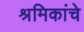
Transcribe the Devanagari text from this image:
श्रमिकांचे